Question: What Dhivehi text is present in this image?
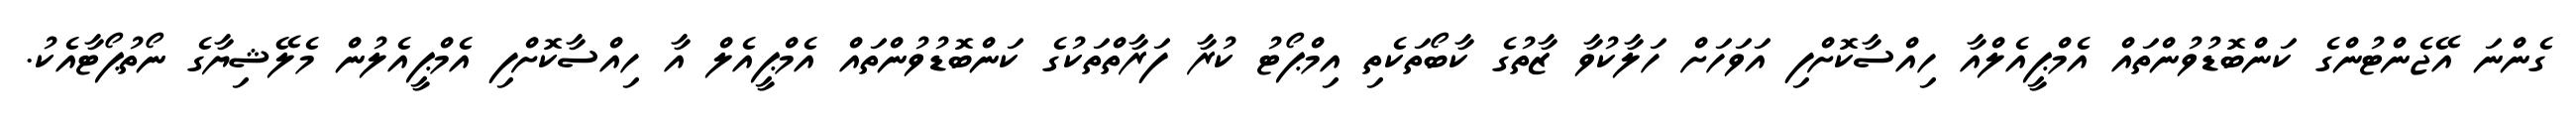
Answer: ގެންނަ އޭޖެންޓުންގެ ކަންބޮޑުވުންތައް އެމްޕީއެލްއާ ހިއްސާކޮށްފި އަވަހަށް ހަލާކުވާ ޒާތުގެ ކާބޯތަކެތި އިމްޕޯޓު ކުރާ ފަރާތްތަކުގެ ކަންބޮޑުވުންތައް އެމްޕީއެލް އާ ހިއްސާކޮށްފި އެމްޕީއެލުން މެލޭޝިޔާގެ ނޯތުޕޯޓާއެކު.